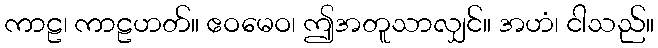
ကာဠ၊ ကာဠဟတ်။ ဧဝမေဝ၊ ဤအတူသာလျှင်။ အဟံ၊ ငါသည်။